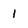
Character: 1